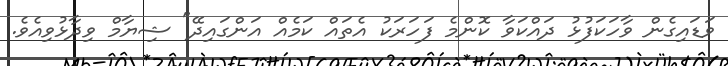
ވަޑައިގެން ވާހަކަފުޅު ދައްކަވާ ކޮންމެ ފަހަރަކު އެތައް ކަމެއް އަންގައިދޭ" ޝިޔާމް ވިދާޅުވިއެވެ.